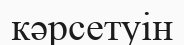
кәрсетуін